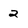
Character: 2